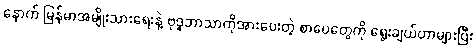
နောက် မြန်မာအမျိုးသားရေးနဲ့ ဗုဒ္ဓဘာသာကိုအားပေးတဲ့ စာပေတွေကို ရွေးချယ်တာများပြီး